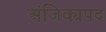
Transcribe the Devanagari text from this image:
अंजिक्यपद